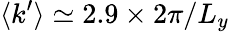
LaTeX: \langle k^{\prime}\rangle\simeq 2.9\times 2\pi/L_{y}